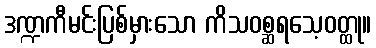
ဒဏ္ဍကီမင်းပြစ်မှားသော ကိသဝစ္ဆရသေ့ဝတ္ထု။